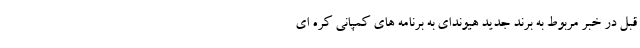
قبل در خبر مربوط به برند جدید هیوندای به برنامه های کمپانی کره ای